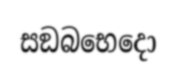
සඞබභෙදො